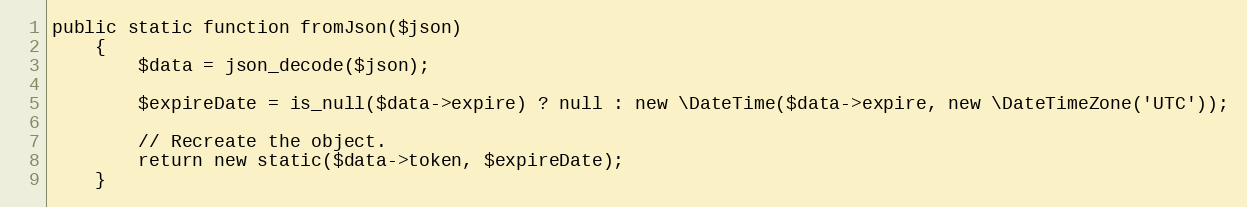
Language: PHP
public static function fromJson($json)
    {
        $data = json_decode($json);

        $expireDate = is_null($data->expire) ? null : new \DateTime($data->expire, new \DateTimeZone('UTC'));

        // Recreate the object.
        return new static($data->token, $expireDate);
    }